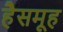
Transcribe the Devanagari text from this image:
हैसमूह